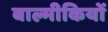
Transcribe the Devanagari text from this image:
बाल्मीकियों